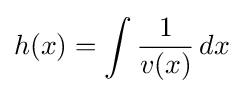
h(x)=\int {\frac {1}{v(x)}}\,dx